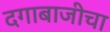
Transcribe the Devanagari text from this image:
दगाबाजीचा